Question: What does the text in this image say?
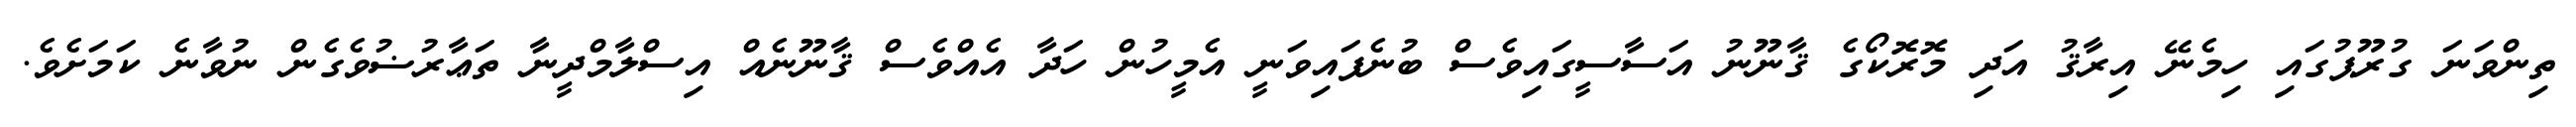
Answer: ތިންވަނަ ގުރޫޕުގައި ހިމެނޭ އިރާޤު އަދި މޮރޮކޯގެ ޤާނޫނު އަސާސީގައިވެސް ބުނެފައިވަނީ އެމީހުން ހަދާ އެއްވެސް ޤާނޫނެއް އިސްލާމްދީނާ ތަޢާރުޟުވެގެން ނުވާނެ ކަމަށެވެ.